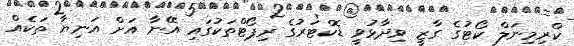
ކްރިމިނަލް ކޯޓުގެ ގާޒީ ވިދާޅުވީ ޑޮކްޓަރުގެ ރިޕޯޓްތަކުގައި އޭނާ އަށް އަނިޔާ ތަކެއް